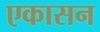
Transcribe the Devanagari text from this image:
एकासन